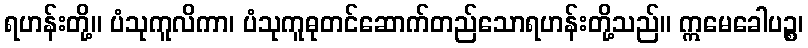
ရဟန်းတို့။ ပံသုကူလိကာ၊ ပံသုကူဓုတင်ဆောက်တည်သောရဟန်းတို့သည်။ ဣမေခေါပဉ္စ၊